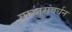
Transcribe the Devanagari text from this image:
वास्तुसंवर्धन